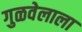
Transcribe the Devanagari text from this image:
गुळवेलाला